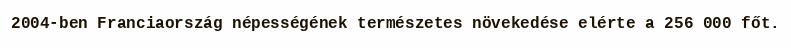
2004-ben Franciaország népességének természetes növekedése elérte a 256 000 főt.